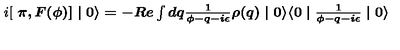
i [ \textup { \boldmath \pi } , F ( \phi ) ] \mid 0 \rangle = - R e \int d q \frac { 1 } { \phi - q - i \epsilon } \rho ( q ) \mid 0 \rangle \langle 0 \mid \frac { 1 } { \phi - q - i \epsilon } \mid 0 \rangle